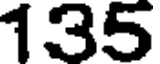
135